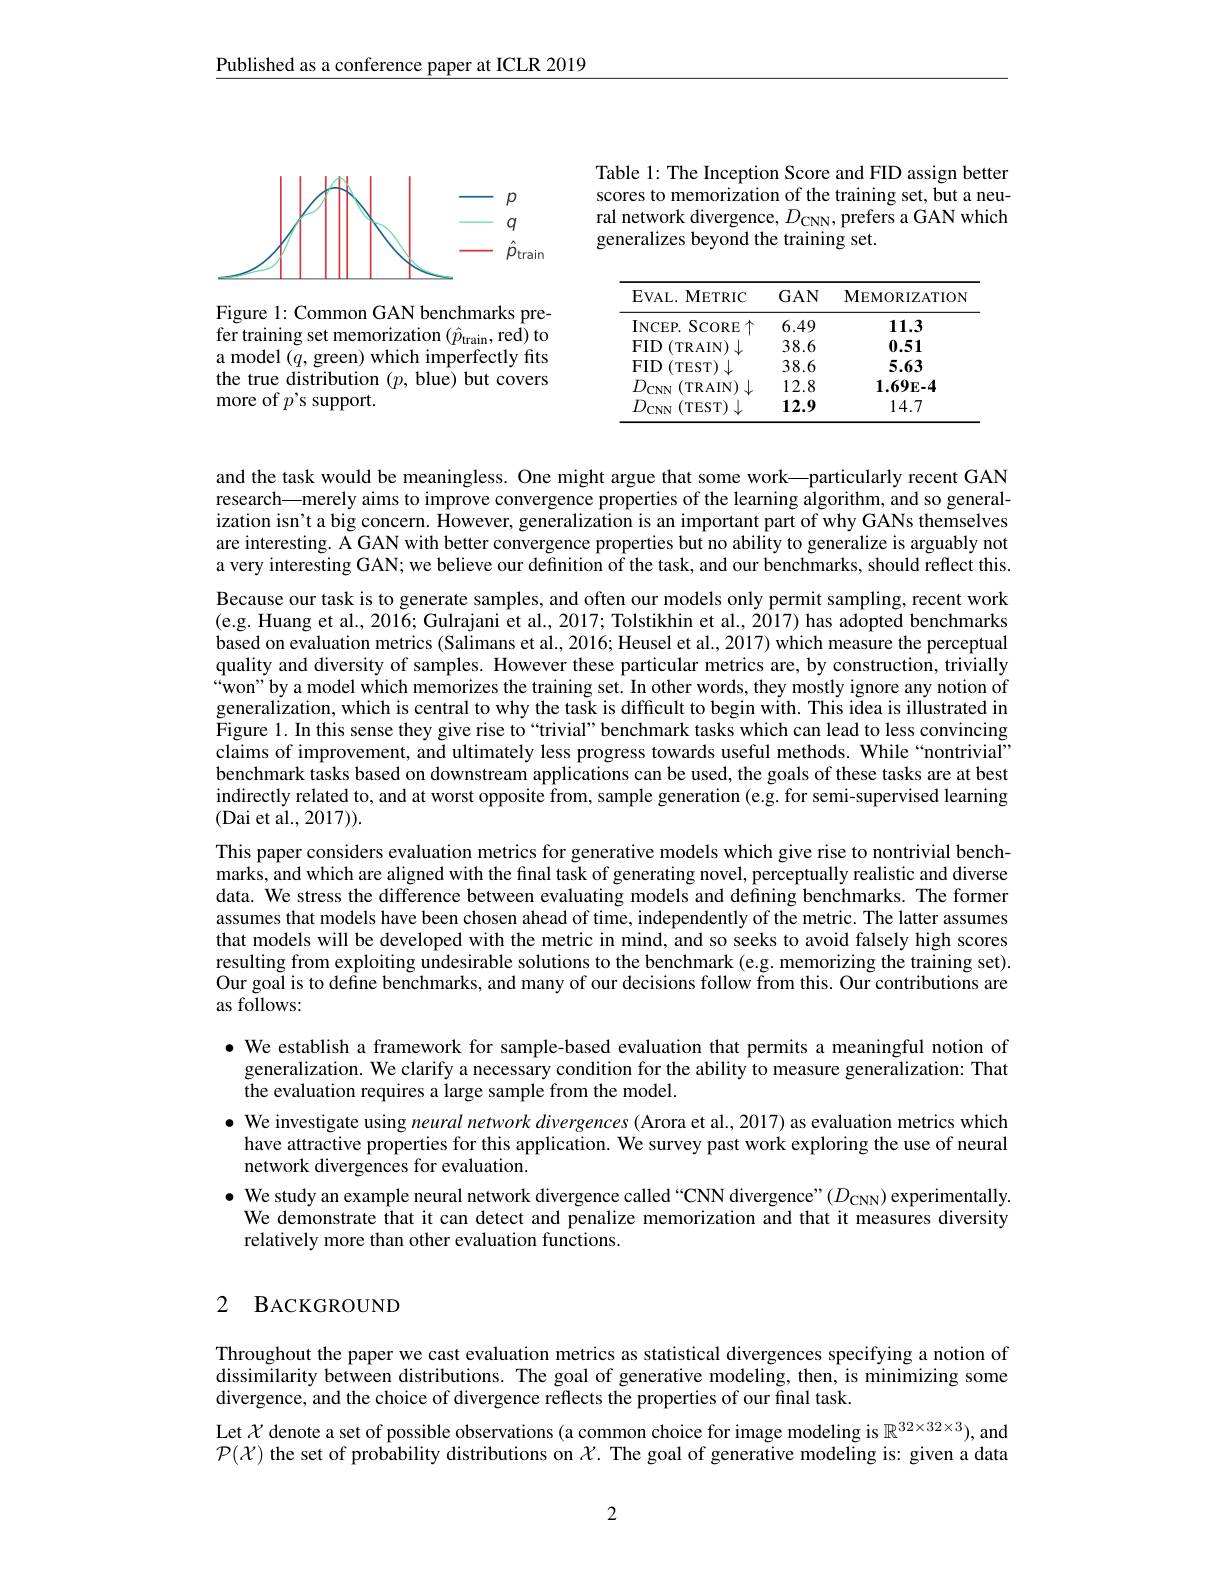
Published as a conference paper at ICLR 2019

Table 1: The Inception Score and FID assign better scores to memorization of the training set, but a neural network divergence, $D_{\mathrm{CNN}}$, prefers a GAN which generalizes beyond the training set.

<FigureHere>

<table>
	<tbody>
		<tr>
			<th>EVAL. METRIC</th>
			<th>$GAN$</th>
			<th>$\mathbf{MEMORIZATION}$</th>
		</tr>
		<tr>
			<td>INCEP. S SCORE 个</td>
			<td>6.49</td>
			<td>11.3</td>
		</tr>
		<tr>
			<td>FID (TRAIN$)\downarrow$</td>
			<td>38.6</td>
			<td>0.51</td>
		</tr>
		<tr>
			<td>FID (TEST)</td>
			<td>38.6</td>
			<td>5.63</td>
		</tr>
		<tr>
			<td>$D$ (TRAIN) $CNN$</td>
			<td>12.8</td>
			<td>$1.69E-4$</td>
		</tr>
		<tr>
			<td>$D_{\mathrm{c}}$ (TEST) $CNN$</td>
			<td>12.9</td>
			<td>14.7</td>
		</tr>
	</tbody>
</table>

Figure 1: Common GAN benchmarks prefer training set memorization $(\hat{p}_{\mathrm{train}}$,red) to a model $(q$, green) which imperfectly fits the true distribution $(p$,blue) but covers more of $p^{\prime}$s support.

and the task would be meaningless. One might argue that some work—particularly recent GAN research—merely aims to improve convergence properties of the learning algorithm, and so generalization isn't a big concern. However, generalization is an important part of why GANs themselves are interesting. A GAN with better convergence properties but no ability to generalize is arguably not a very interesting GAN; we believe our definition of the task, and our benchmarks, should reflect this Because our task is to generate samples, and often our models only permit sampling, recent work (e.g. Huang et al., 2016; Gulrajani et al., 2017; Tolstikhin et al., 2017) has adopted benchmarks based on evaluation metrics (Salimans et al., 2016; Heusel et al., 2017) which measure the perceptual quality and diversity of samples. However these particular metrics are, by construction, trivially won"by a model which memorizes the training set. In other words, they mostly ignore any notion of generalization, which is central to why the task is difficult to begin with. This idea is illustrated in Figure 1. In this sense they give rise to“trivial”benchmark tasks which can lead to less convincing claims of improvement, and ultimately less progress towards useful methods. While “nontrivial” benchmark tasks based on downstream applications can be used, the goals of these tasks are at best indirectly related to, and at worst opposite from, sample generation (e.g. for semi-supervised learning (Dai et al., 2017)).
This paper considers evaluation metrics for generative models which give rise to nontrivial benchmarks, and which are aligned with the final task of generating novel, perceptually realistic and diverse data. We stress the difference between evaluating models and defining benchmarks. The former assumes that models have been chosen ahead of time, independently of the metric. The latter assumes that models will be developed with the metric in mind, and so seeks to avoid falsely high scores resulting from exploiting undesirable solutions to the benchmark (e.g. memorizing the training set). Our goal is to define benchmarks, and many of our decisions follow from this. Our contributions are as follows:

· We establish a framework for sample-based evaluation that permits a meaningful notion of
generalization. We clarify a necessary condition for the ability to measure generalization: That
the evaluation requires a large sample from the model.

$\bullet$ We investigate using neural network divergences (Arora et al., 2017) as evaluation metrics which have attractive properties for this application. We survey past work exploring the use of neural network divergences for evaluation.
$\bullet$ We study an example neural network divergence called “CNN divergence”($D_\mathrm{CNN})$ experimentally. We demonstrate that it can detect and penalize memorization and that it measures diversity relatively more than other evaluation functions.

## 2 BACKGROUND

Throughout the paper we cast evaluation metrics as statistical divergences specifying a notion of dissimilarity between distributions. The goal of generative modeling, then, is minimizing some divergence, and the choice of divergence reflects the properties of our final task.
Let $\mathcal{X}$ denote a set of possible observations (a common choice for image modeling is $\mathbb{R}^{32\times32\times3})$, and $\mathcal{P}(\mathcal{X})$ the set of probability distributions on $\mathcal{X}.$ The goal of generative modeling is: given a data

2